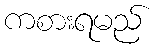
ကစားရမည်